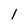
Character: 1